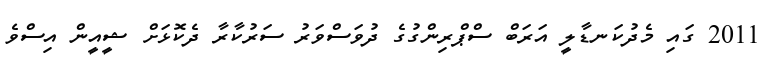
2011 ގައި މެދުކަނޑާލީ އަރަބް ސްޕްރިންގުގެ ދުވަސްވަރު ސަރުކާރާ ދެކޮޅަށް ޝީއީން އިސްވެ